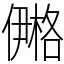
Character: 鿚